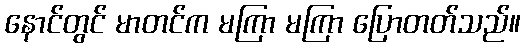
နောင်တွင် မာတင်က မကြာ မကြာ ပြောတတ်သည်။